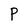
Character: P